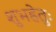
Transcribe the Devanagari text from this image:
शुभहेतुः